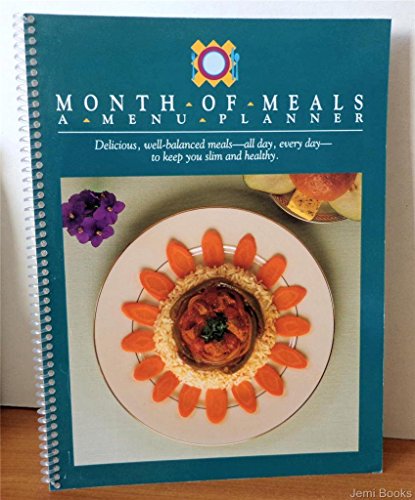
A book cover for Month of Meals: A Menu Planner; American Dietetic Association; Health, Fitness & Dieting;